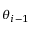
\theta _ { i - 1 }